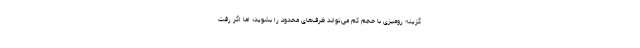
گزینه رومیزی با حجم کم می‌تواند ظرف‌های محدود را بشوید؛ اما اگر رفت